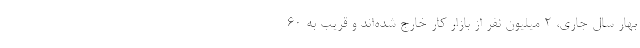
بهار سال جاری، ۲ میلیون نفر از بازار کار خارج شده‌اند و قریب به ۶۰